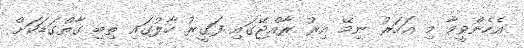
އެހެންވީމާ މި އަހަރު ނިމޭ އިރު ރާއްޖޭގައި ފަގީރު ހާލުގައި ތިބި ގާތްގަޑަކަށް